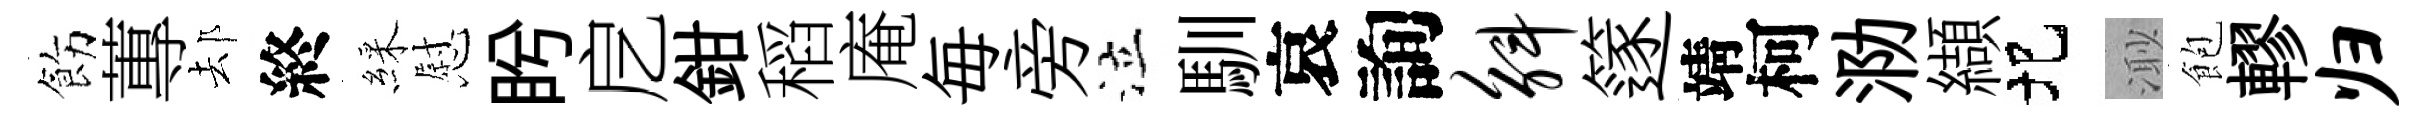
飭蓴𨚫終綵慰盻戹鉗稻庵毎旁泣馴哀詢斛篴靖柯泐纈圯𣺌飽轇归